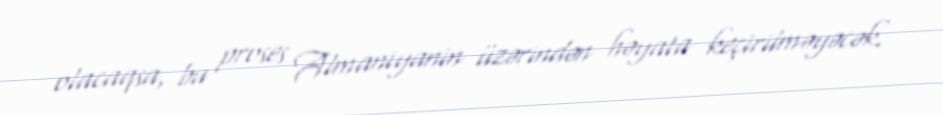
olacaqsa, bu proses Almaniyanin üzərindən həyata keçirilməyəcək.